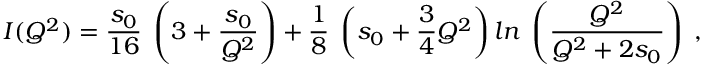
I ( Q ^ { 2 } ) = \frac { s _ { 0 } } { 1 6 } \; \left( 3 + \frac { s _ { 0 } } { Q ^ { 2 } } \right) + \frac { 1 } { 8 } \; \left( s _ { 0 } + \frac { 3 } { 4 } Q ^ { 2 } \right) l n \; \left( \frac { Q ^ { 2 } } { Q ^ { 2 } + 2 s _ { 0 } } \right) \; ,